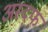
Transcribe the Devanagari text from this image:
अस्द्फ्